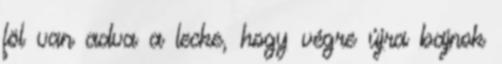
föl van adva a lecke, hogy végre újra bajnok